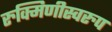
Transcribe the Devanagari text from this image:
रुक्मिणीस्वरुप